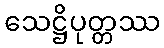
သေဋ္ဌိပုတ္တဿ